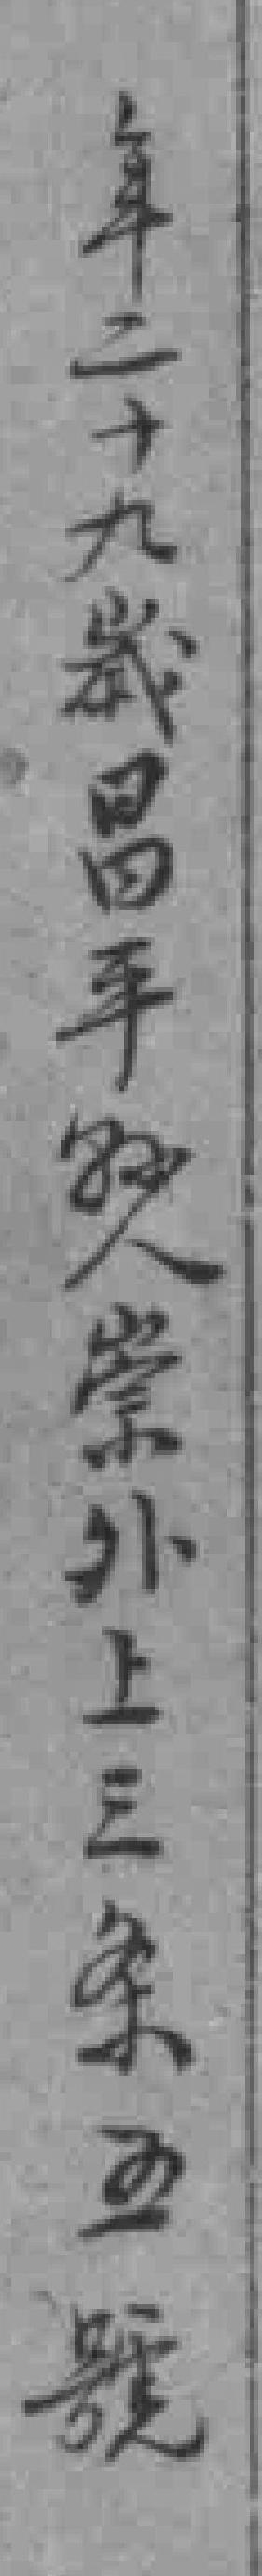
年二十九歲昌平縣人崇外上三条五號